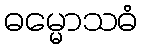
ဓမ္မောသဓံ